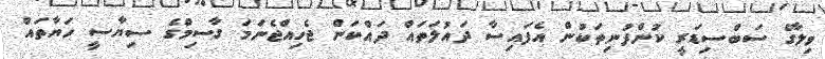
ވިލާގެ ސަބްސިޑަރީ ކުންފުނިތަކުން އެފައިސާ ދައުލަތައް ދައްކަން ޖެހިއްޖެނަމަ ގާސިމްގެ ސިޔާސީ ހަޔާތައް